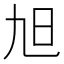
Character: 旭